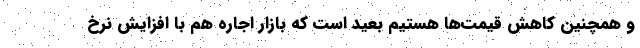
و همچنین کاهش قیمت‌ها هستیم بعید است که بازار اجاره هم با افزایش نرخ‌